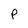
Character: p